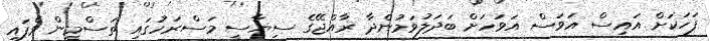
ފަހަކަށް އައިސް އަވަސް އަވަހަށް ބަދަލުވަމުންދާ ރާއްޖޭގެ ސިޔާސީ މަސްރަހުގައި ތަސްމީން ވެފައި